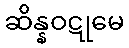
ဆိန္နဝဋုမေ